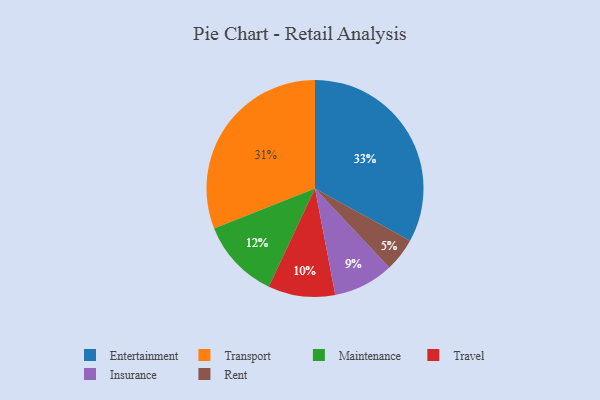
{"axis": {"x": "Category", "y": "Percentage"}, "legend": ["Entertainment", "Insurance", "Maintenance", "Rent", "Transport", "Travel"], "data": [{"x": "Maintenance", "y": 12, "type": "Maintenance"}, {"x": "Rent", "y": 5, "type": "Rent"}, {"x": "Travel", "y": 10, "type": "Travel"}, {"x": "Transport", "y": 31, "type": "Transport"}, {"x": "Entertainment", "y": 33, "type": "Entertainment"}, {"x": "Insurance", "y": 9, "type": "Insurance"}]}